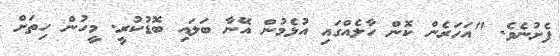
ފެށުނެވެ. "އަހަރެން ކޮން ހާލެއްގައި އުޅެމުން އޭނާ ބަލައި ބޮޑުކުރީ. މީހުން ހިތަށް